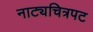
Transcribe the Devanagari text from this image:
नाट्यचित्रपट